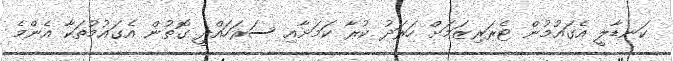
ކަނޑާލީ އެގައުމުން ޓެރަރިޒަމަށް ހަރަދު ކުރާ ކަމަށާއި ސަރަހައްދީ ގޮތުން އެގައުމުތަކާ އެންމެ